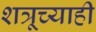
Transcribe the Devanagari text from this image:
शत्रूच्याही